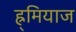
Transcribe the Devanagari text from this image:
ह्र्मियाज